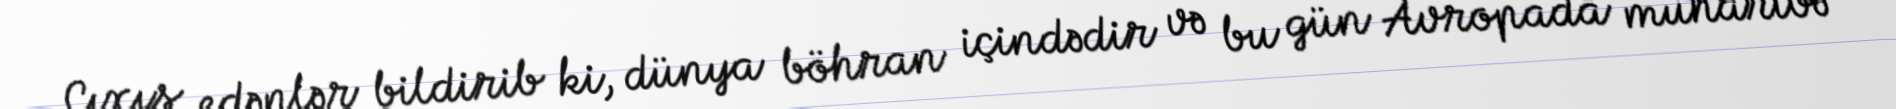
Çıxış edənlər bildirib ki, dünya böhran içindədir və bu gün Avropada müharibə